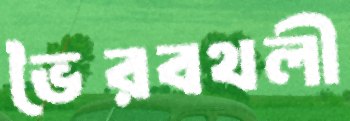
ভৈরবথলী